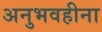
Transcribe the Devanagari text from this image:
अनुभवहीना